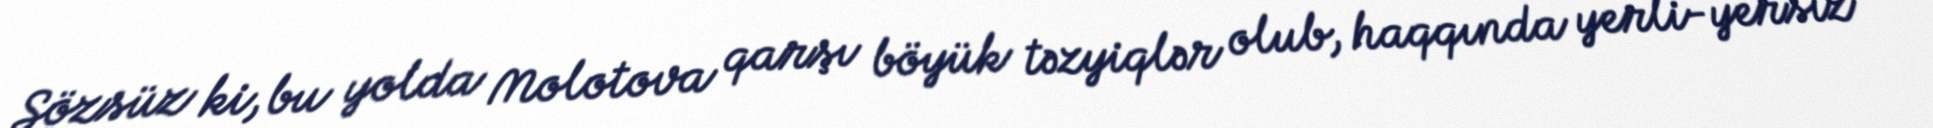
Sözsüz ki, bu yolda Molotova qarşı böyük təzyiqlər olub, haqqında yerli-yersiz